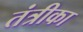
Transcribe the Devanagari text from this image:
तंत्रीका